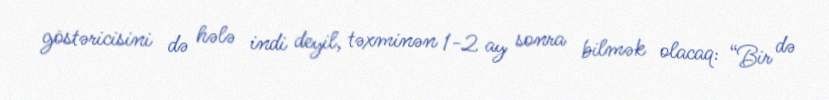
göstəricisini də hələ indi deyil, təxminən 1-2 ay sonra bilmək olacaq: “Bir də